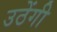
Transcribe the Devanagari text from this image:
उठेंगी